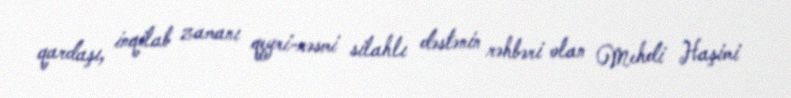
qardaşı, inqilab zamanı qeyri-rəsmi silahlı dəstənin rəhbəri olan Mehdi Haşimi